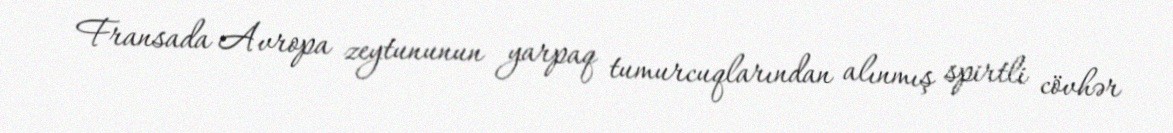
Fransada Avropa zeytununun yarpaq tumurcuqlarından alınmış spirtli cövhər